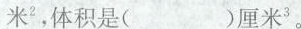
米^{2} ,体积是（ ）厘米^{3}。